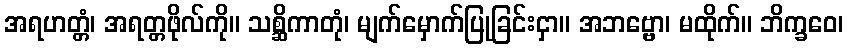
အရဟတ္တံ၊ အရတ္တဖိုလ်ကို။ သစ္ဆိကာတုံ၊ မျက်မှောက်ပြုခြင်းငှာ။ အဘဗ္ဗော၊ မထိုက်။ ဘိက္ခဝေ၊